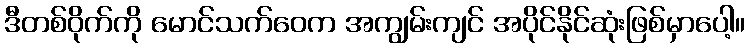
ဒီတစ်ဝိုက်ကို မောင်သက်ဝေက အကျွမ်းကျင် အပိုင်နိုင်ဆုံးဖြစ်မှာပေါ့။